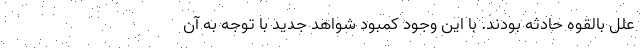
علل بالقوه حادثه بودند. با این وجود کمبود شواهد جدید با توجه به آن